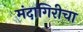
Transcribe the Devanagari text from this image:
मंदागिरीचा